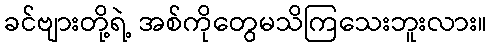
ခင်ဗျားတို့ရဲ့ အစ်ကိုတွေမသိကြသေးဘူးလား။